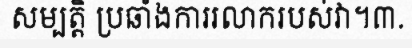
សម្បត្តិ ប្រឆាំងការរលាករបស់វា។៣.